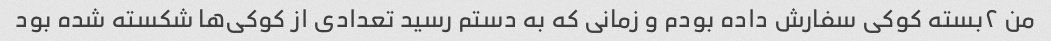
من ۲بسته کوکی سفارش داده بودم و زمانی که به دستم رسید تعدادی از کوکی‌ها شکسته شده بود